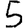
Digit: 5